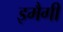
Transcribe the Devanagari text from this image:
इमैगी